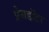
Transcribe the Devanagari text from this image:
प्रेसडॉटर